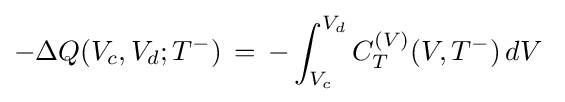
-\Delta Q(V_{c},V_{d};T^{-})\,=\,-\int _{V_{c}}^{V_{d}}C_{T}^{(V)}(V,T^{-})\,dV\